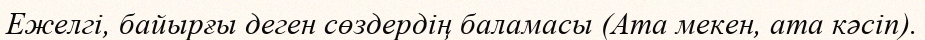
Ежелгі, байырғы деген сөздердің баламасы (Ата мекен, ата кәсіп).